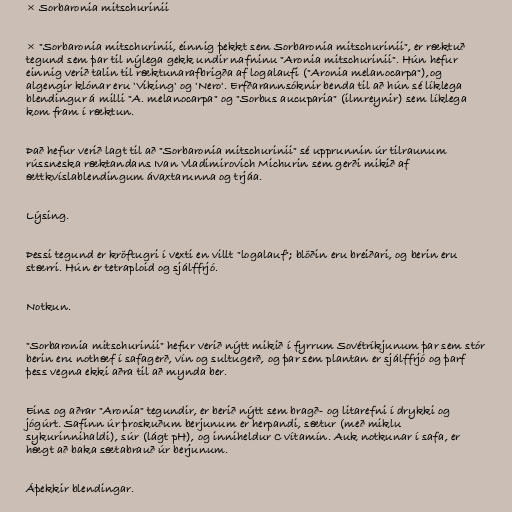
× Sorbaronia mitschurinii

× "Sorbaronia mitschurinii, einnig þekkt sem Sorbaronia mitschurinii", er ræktuð
tegund sem þar til nýlega gekk undir nafninu "Aronia mitschurinii". Hún hefur
einnig verið talin til ræktunarafbrigða af logalaufi ("Aronia melanocarpa"),og
algengir klónar eru 'Viking' og 'Nero'. Erfðarannsóknir benda til að hún sé líklega
blendingur á milli "A. melanocarpa" og "Sorbus aucuparia" (ilmreynir) sem líklega
kom fram í ræktun.

Það hefur verið lagt til að "Sorbaronia mitschurinii" sé upprunnin úr tilraunum
rússneska ræktandans Ivan Vladimirovich Michurin sem gerði mikið af
ættkvíslablendingum ávaxtarunna og trjáa.

Lýsing.

Þessi tegund er kröftugri í vexti en villt "logalauf"; blöðin eru breiðari, og berin eru
stærri. Hún er tetraploid og sjálffrjó.

Notkun.

"Sorbaronia mitschurinii" hefur verið nýtt mikið í fyrrum Sovétríkjunum þar sem stór
berin eru nothæf í safagerð, vín og sultugerð, og þar sem plantan er sjálffrjó og þarf
þess vegna ekki aðra til að mynda ber.

Eins og aðrar "Aronia" tegundir, er berið nýtt sem bragð- og litarefni í drykki og
jógúrt. Safinn úr þroskuðum berjunum er herpandi, sætur (með miklu
sykurinnihaldi), súr (lágt pH), og inniheldur C vítamín. Auk notkunar í safa, er
hægt að baka sætabrauð úr berjunum.

Áþekkir blendingar.